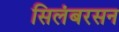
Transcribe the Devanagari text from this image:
सिलंबरसन